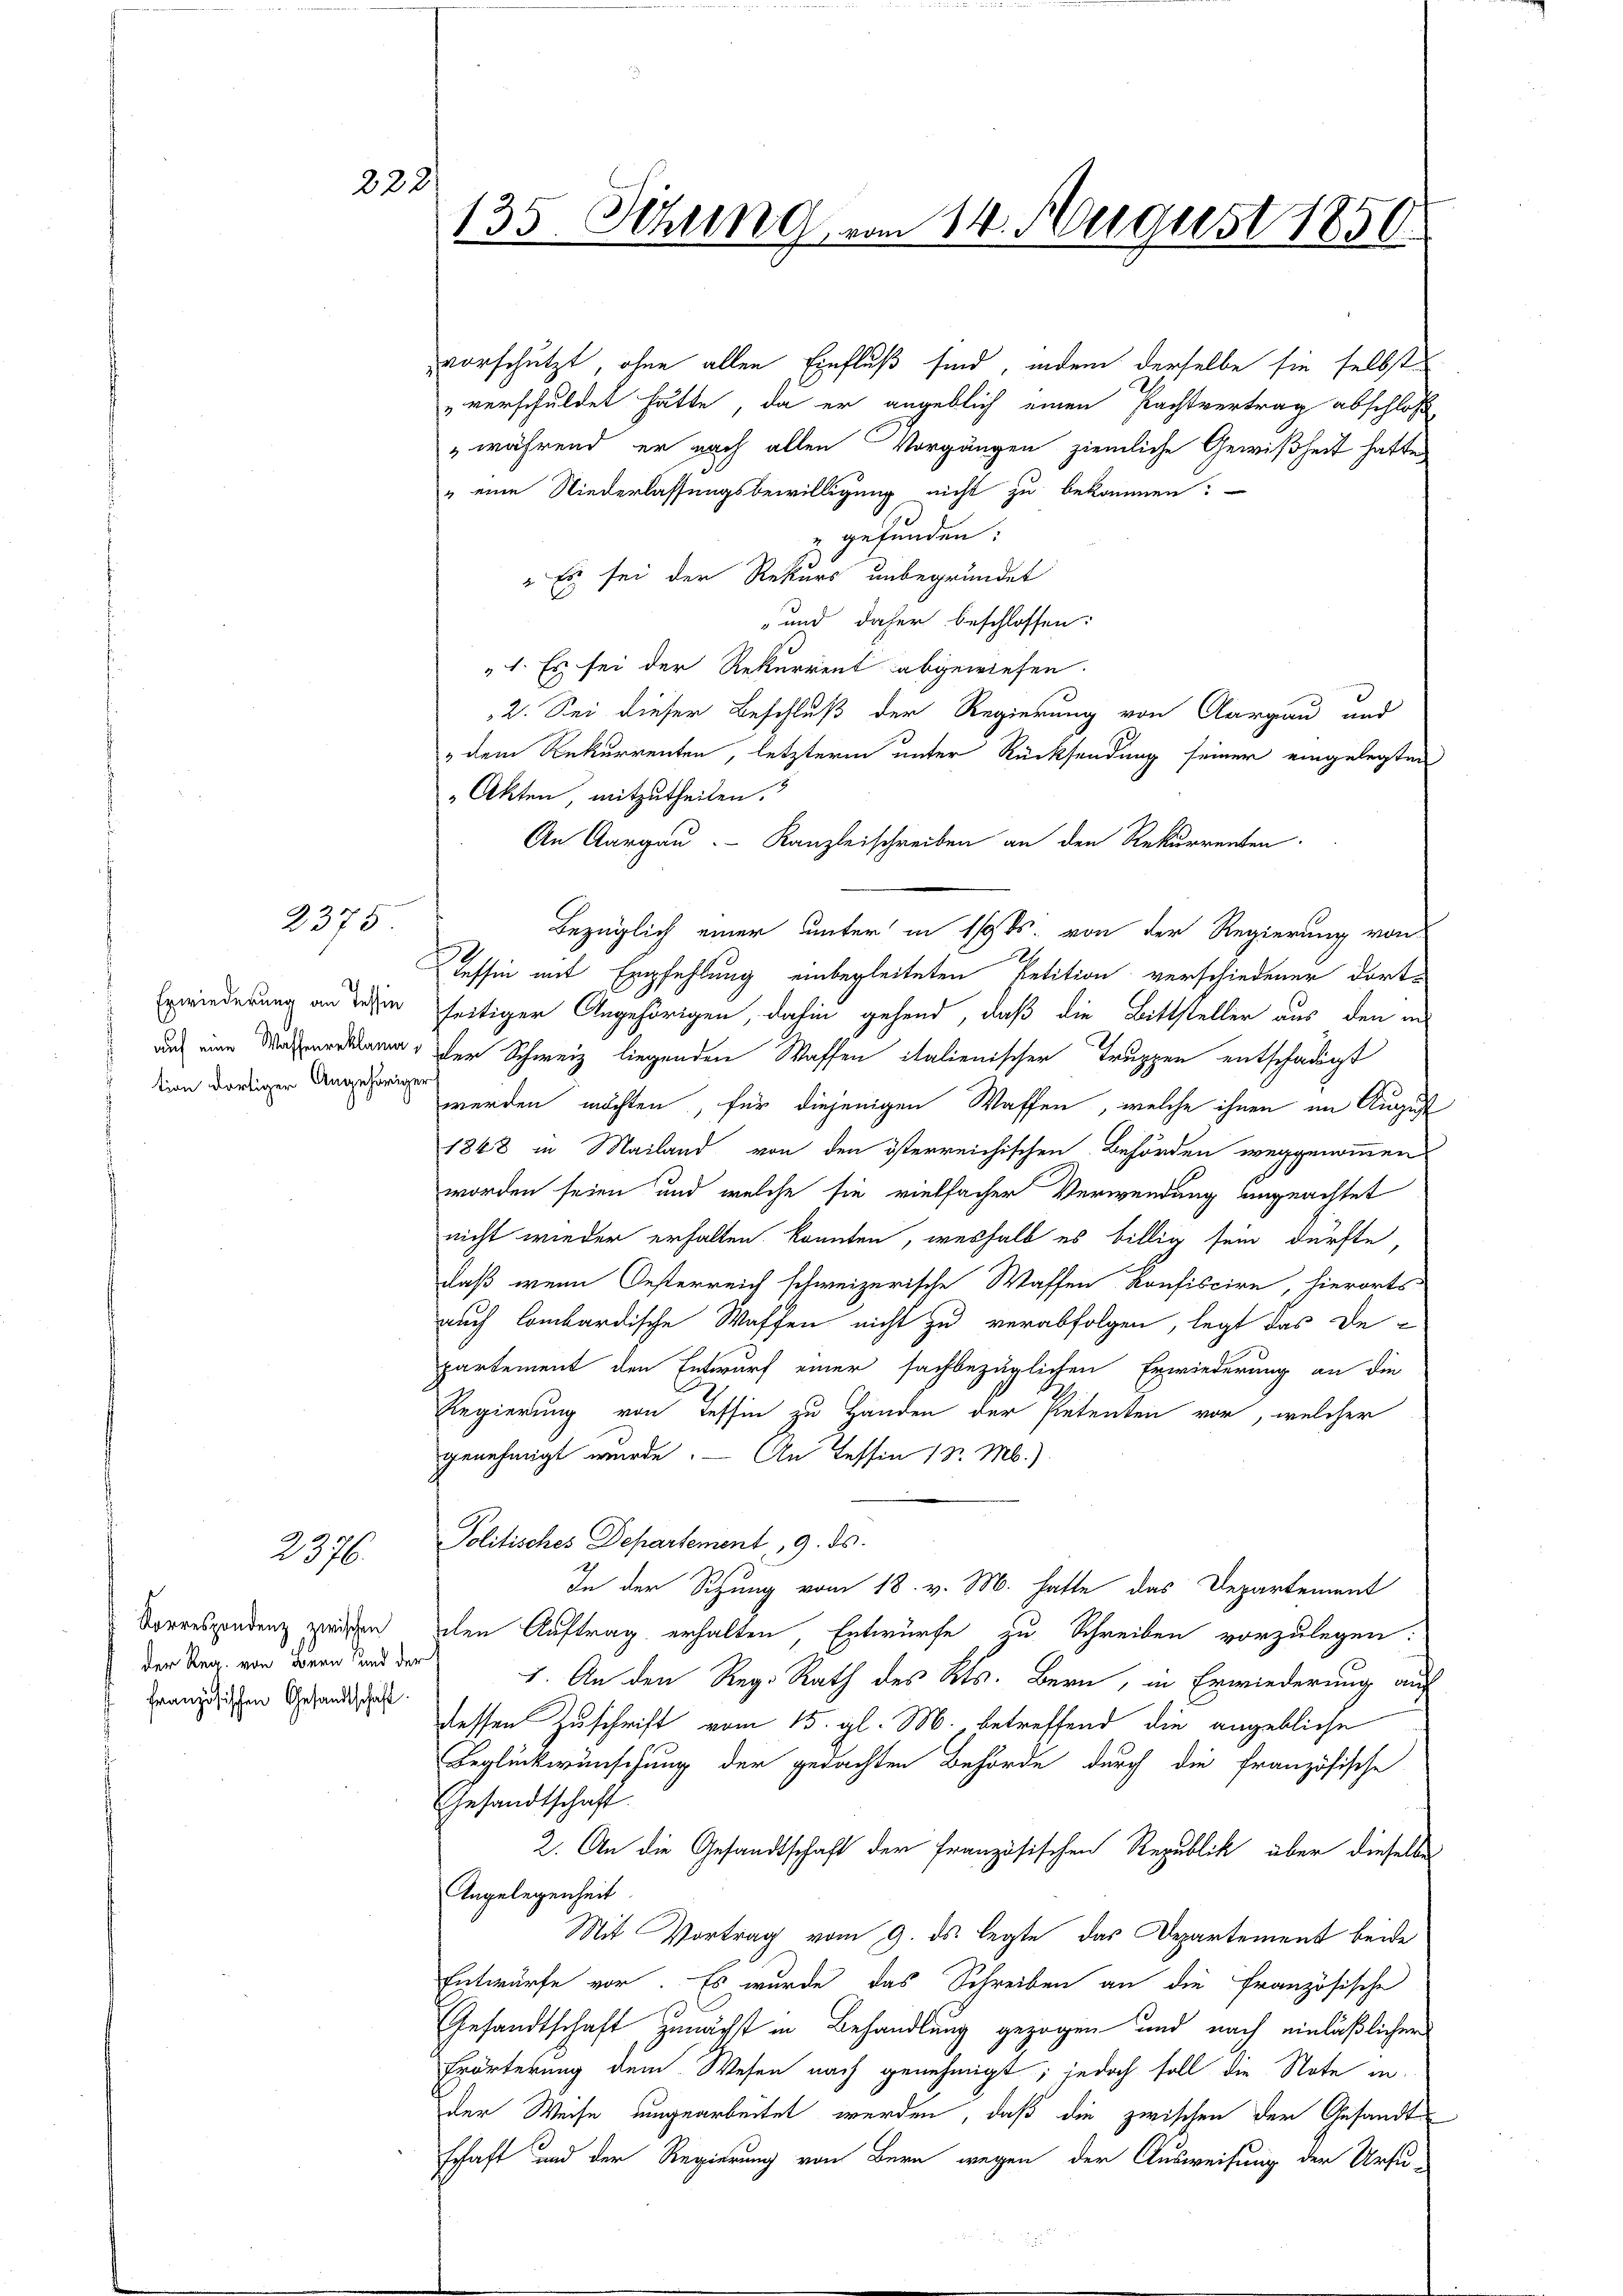
Erwiederung an Tessin
tion dortiger Angehöriger

2375

2376.

222

vorschützt, ohne allen Einfluß sind, indem derselbe sie selbst
 verschuldet hätte, da er angeblich einen Pachtvertrag abschloß¬
"während er nach allen Vorgängen ziemliche Gewißheit hatte
" eine Niederlassungsbewilligung nicht zu bekommen?
" gefunden:
" Es sei der Rekurs unbegründet
und daher beschlossen:
1. Es sei der Rekurrent abgewiesen.
2. Sei dieser Beschluß der Regierung von Aargau und
" dem Rekurrenten, letzterm unter Rücksendung seiner eingelegten
"Akten, mitzutheilen.
An Aargau. Kanzleischreiben an den Rekurrenten
Bezüglich einer unter in 10t. von der Regierung von
.
Tessin mit Empfehlung einbegleiteten Petition verschiedener dort-
seitiger Angehörigen, dahin gehend, daß die Bittsteller aus den in
 a der Schweiz liegenden Waffen italienischer Truppen entschädigt
werden möchten, für diejenigen Waffen, welche ihnen im August
1848 in Mailand von den österreichischen Behörden weggenommen
worden seien und welche sie vielfacher Verwendung angeachtet
nicht wieder erhalten konnten, weshalb es billig sein dürfte,
daß wenn Oesterreich schweizerische Waffen konfiscire, hierorts
auch lombardische Waffen nicht zu verabfolgen, legt das De-
partement den Entwurf einer sachbezüglichen Erwiederung an die
Regierung von Tessin zu Handen der Petenten vor, welcher
genehmigt wurde. — An Tessin 1 S. M.)
Politisches Departement 9. ds.
In der Sitzung vom 18. v. M. hatte das Departement
den Auftrag erhalten, Entwürfe zu Schreiben vorzulegen:
1. An den Reg. Rath des Kts. Bern, in Erwiederung auf
dessen Zuschrift vom 15. gl. M., betreffend die angebliche
Beglückwünschung der gedachten Behörde durch die französische
Gesandtschaft.
2. An die Gesandtschaft der französischen Republick über dieselbe
Angelegenheit.
Mit Vortrag vom 9. ds. legte, das Departement beide
Entwürfe vor. Es wurde das Schreiben an die Französische
Gesandtschaft zunächst in Behandlung gezogen und nach einläßlichen
Erärterung dem Wesen nach genehmigt; jedoch soll die Note in
der Weise umgearbeitet werden, daß die zwischen der Gesandtschaft und der Regierung von Bern wegen der Ausweisung der Ursu-

Korrespondenz zwischen
der Reg. von Bern und der
französischen Gesandtschaft.

135. Sitzung vom 14. August 1850.